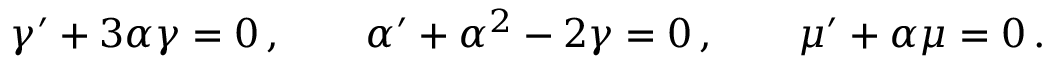
\gamma ^ { \prime } + 3 \alpha \gamma = 0 \, , \qquad \alpha ^ { \prime } + \alpha ^ { 2 } - 2 \gamma = 0 \, , \qquad \mu ^ { \prime } + \alpha \mu = 0 \, .